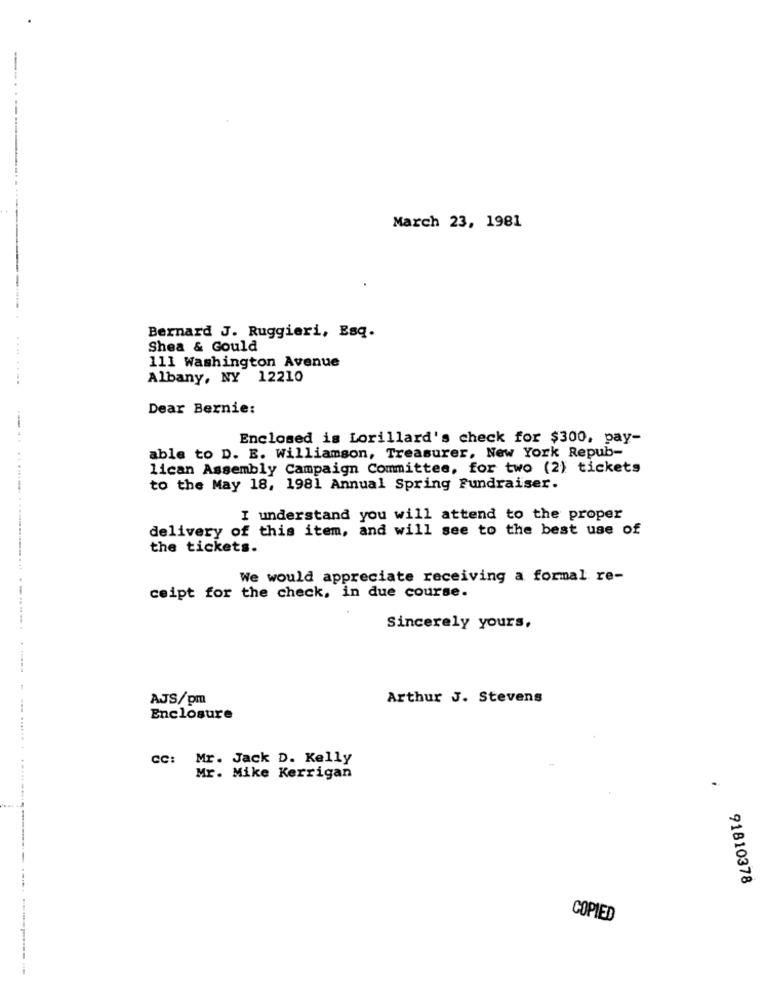
-
March 23, 1981
Bernard J. Ruggieri, Esq.
Shea & Gould
111 Washington Avenue
........
Albany, NY 12210
Dear Bernie:
Enclosed is Lorillard's check for $300, pay-
able to D. E. Williamson, Treasurer, New York Repub-
lican Assembly Campaign Committee, for two (2) tickets
to the May 18, 1981 Annual Spring Fundraiser.
I understand you will attend to the proper
delivery of this item, and will see to the best use of
the tickets.
We would appreciate receiving a formal re-
ceipt for the check, in due course.
Sincerely yours,
AJS/pm
Arthur J. Stevens
Enclosure
CC: Mr. Jack D. Kelly
Mr. Mike Kerrigan
.
91810378
COPIED